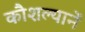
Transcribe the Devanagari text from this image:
कौशल्यानें